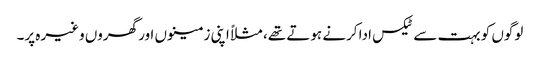
‏ لوگوں کو بہت سے ٹیکس ادا کرنے ہوتے تھے،‏ مثلاً اپنی زمینوں اور گھروں وغیرہ پر۔